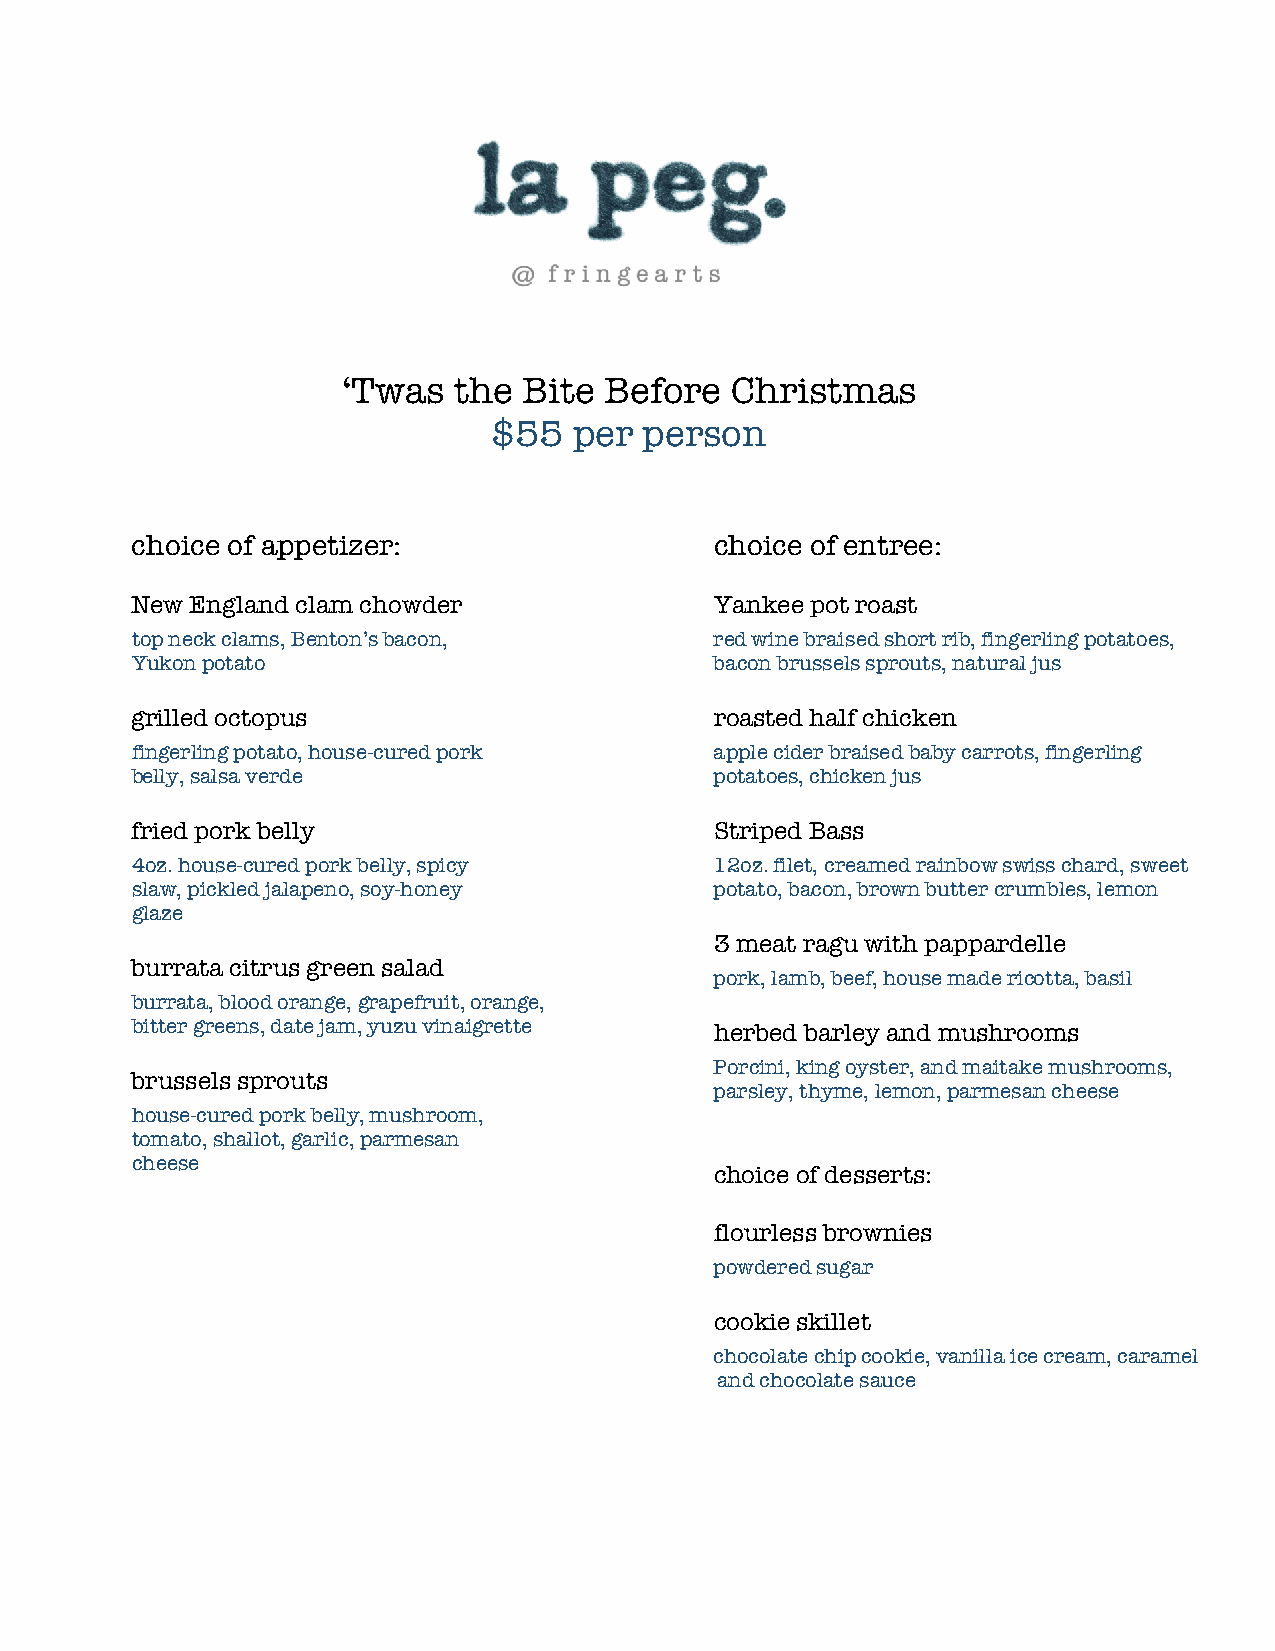
‘Twas  the  Bite Before  Christmas
 $55  per  person
 choice of appetizer:                  choice of entree:
 New England clam chowder              Yankee pot roast
 top neck clams, Benton’s bacon,       red wine braised short rib, fingerling potatoes,
 Yukon potato                          bacon brussels sprouts, natural jus
 grilled octopus                       roasted half chicken
 fingerling potato, house-cured pork   apple cider braised baby carrots, fingerling
 belly, salsa verde                    potatoes, chicken jus
 fried pork belly                      Striped Bass
 4oz. house-cured pork belly, spicy    12oz. filet, creamed rainbow swiss chard, sweet
 slaw, pickled jalapeno, soy-honey     potato, bacon, brown butter crumbles, lemon
 glaze
 3 meat ragu with pappardelle
 burrata citrus green salad
 pork, lamb, beef, house made ricotta, basil
 burrata, blood orange, grapefruit, orange,
 bitter greens, date jam, yuzu vinaigrette herbed barley and mushrooms
 Porcini, king oyster, and maitake mushrooms,
 brussels sprouts
 parsley, thyme, lemon, parmesan cheese
 house-cured pork belly, mushroom,
 tomato, shallot, garlic, parmesan
 cheese
 choice of desserts:
 flourless brownies
 powdered sugar
 cookie skillet
 chocolate chip cookie, vanilla ice cream, caramel
 and chocolate sauce